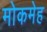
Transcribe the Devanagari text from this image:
मोकमेह